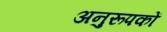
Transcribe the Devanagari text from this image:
अनुरूपकों